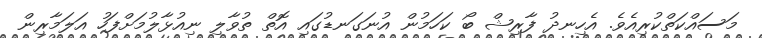
މަސައްކަތްކުރިއެވެ. އެހިނދު ފާރިޝް ބޯ ކަހަމުން އުނަގަނޑުގައި އޮތް ތުވާލި ނިއުޅާލުމަށްފަހު އަލަމާރިން